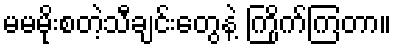
မမမိုးစတဲ့သီချင်းတွေနဲ့ ကြိုက်ကြတာ။